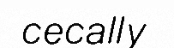
cecally